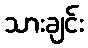
သားချင်း